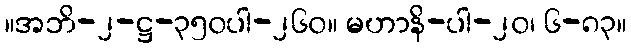
။အဘိ-၂-ဋ္ဌ-၃၅၀ပါ-၂၆၀။ မဟာနိ-ပါ-၂၀၊ ၆-၈၃။